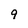
Character: 9